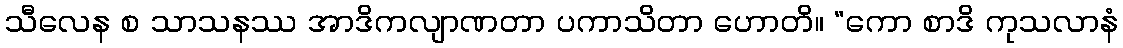
သီလေန စ သာသနဿ အာဒိကလျာဏတာ ပကာသိတာ ဟောတိ။ “ကော စာဒိ ကုသလာနံ